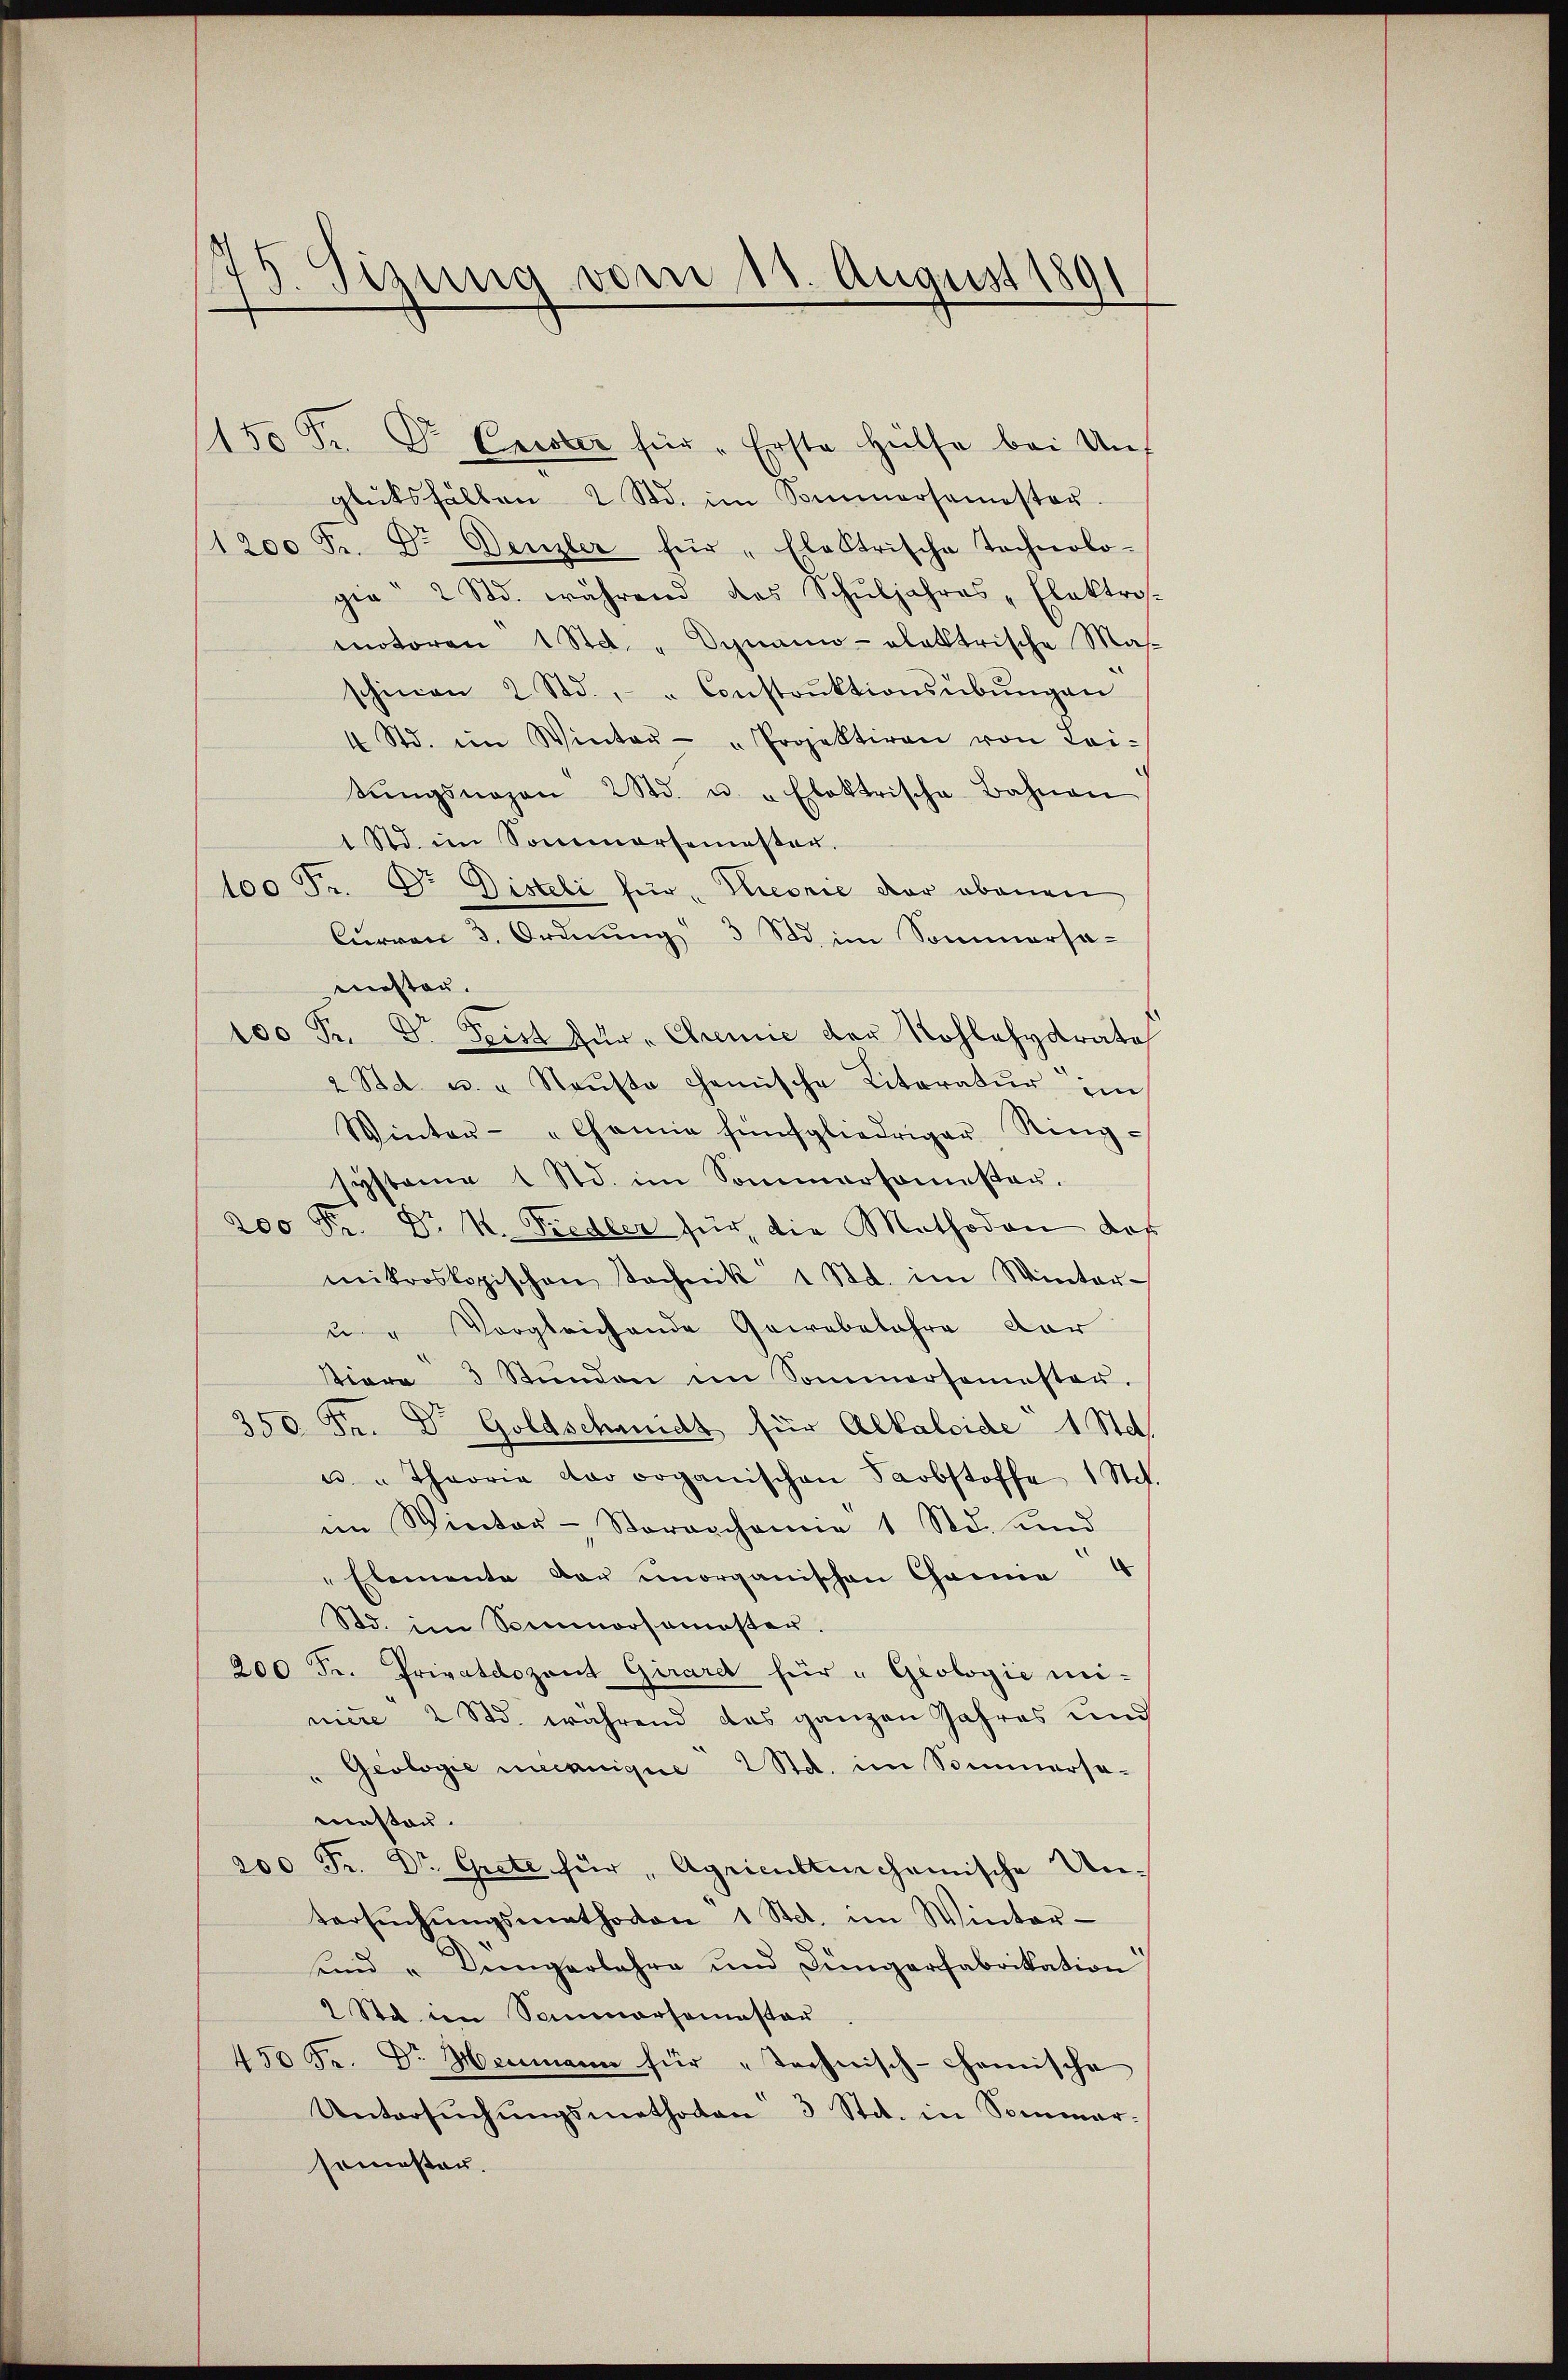
4
.
gung vom 11. August 1891

150 Fr. Dr Exister für „Erste Hülfe bei Unt
glüksfällen 2 Std. im Sommersamester.
1200 Fr. Dr. Denzler für „Elektrische Tachnolo-
gia 2 Std. während das Schŭljahres-Elektros.
motoren 1 Std. " Dynamn-alektrische Mas
schinen 2 Std. " " Constrŭktionsübŭngen
4 Std. im Winter- " Projektiren von Lei-
tŭngsnazen 2 Std. u. u. Elektrische Bahnen
1 Std. im Sommersemester.
100 Fr. Dr. Disteli für , Peorie der obenen
Curren 3. Ordnŭng 3 Std. im Sommersamester.
100 Fr. Dr Frist für " Chemie der Kohlehydrate
2 Std. u. u. Raŭfte chemische Literatur im
Winter- "Chemie fünfgliedriger Ring-
systeme 1 Std. im Sommersamster.
200 Fr. Dr. K. Fiedler für die Methodon des
mikroskopischen Technik 1 Std. im Winter-
u " Vergleichende Gewebelahre dar
tiore 3 Stŭnden im Sommersemester.
350 Fr. Dr Goldschaidt für Alkaloide 1 Stat.
u u Theorie vor organischen Farbstoffe 1 Stdt.
im Winter- Storarchomie 1 Std. und
" Elemente dar unorganischen Chamie
Std. im Sommorsamoster.
200 Fr. Privatdozent Girard für "Geologie mi-
niere 2 Std. während das ganzen Jahres und
"Geologie meinnique 2 Std. im Sommersamesten.
200 Fr. Dr. Grete für „Agricultischemische Untersŭchŭngsmathodon 1 Stdt. im Winter-
Und Düngerbahre und Jüngerfabrikation
2 Std. im Samnarhomastar
450 Fr. Dr. Heimann für "Technisch-chemische
Untersŭchŭngsmethoden 3 Stit. in Sommer-
somesten.